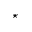
^ \star